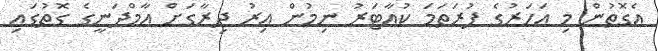
އެގޮތުން މި އަހަރުގެ ފުރަތަމަ ކުއާޓަރު ނިމުން އިރު ދިރާގަށް އާމްދަނީގެ ގޮތުގައި